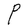
Character: P